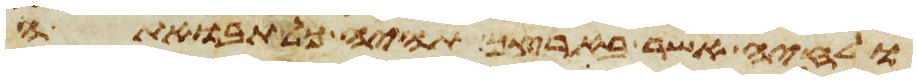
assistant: ולחיה אשר בארצך תהיה כל תבואתה